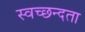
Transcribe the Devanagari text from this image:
स्‍वच्‍छन्‍दता